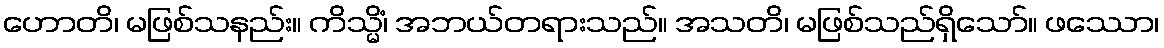
ဟောတိ၊ မဖြစ်သနည်း။ ကိသ္မိံ၊ အဘယ်တရားသည်။ အသတိ၊ မဖြစ်သည်ရှိသော်။ ဖဿော၊